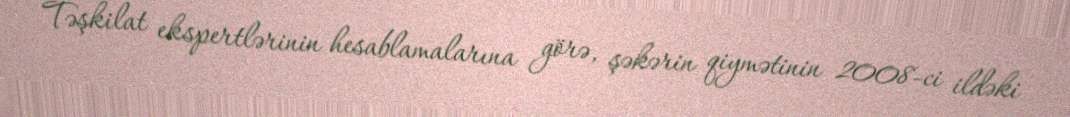
Təşkilat ekspertlərinin hesablamalarına görə, şəkərin qiymətinin 2008-ci ildəki